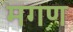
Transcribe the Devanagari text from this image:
मगण